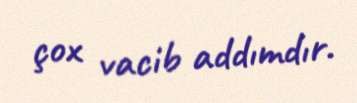
çox vacib addımdır.